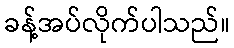
ခန့်အပ်လိုက်ပါသည်။